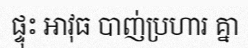
ផ្ទុះ អាវុធ បាញ់ប្រហារ គ្នា